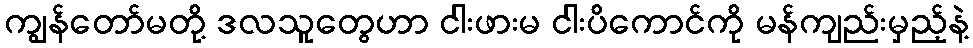
ကျွန်တော်မတို့ ဒလသူတွေဟာ ငါးဖားမ ငါးပိကောင်ကို မန်ကျည်းမှည့်နဲ့